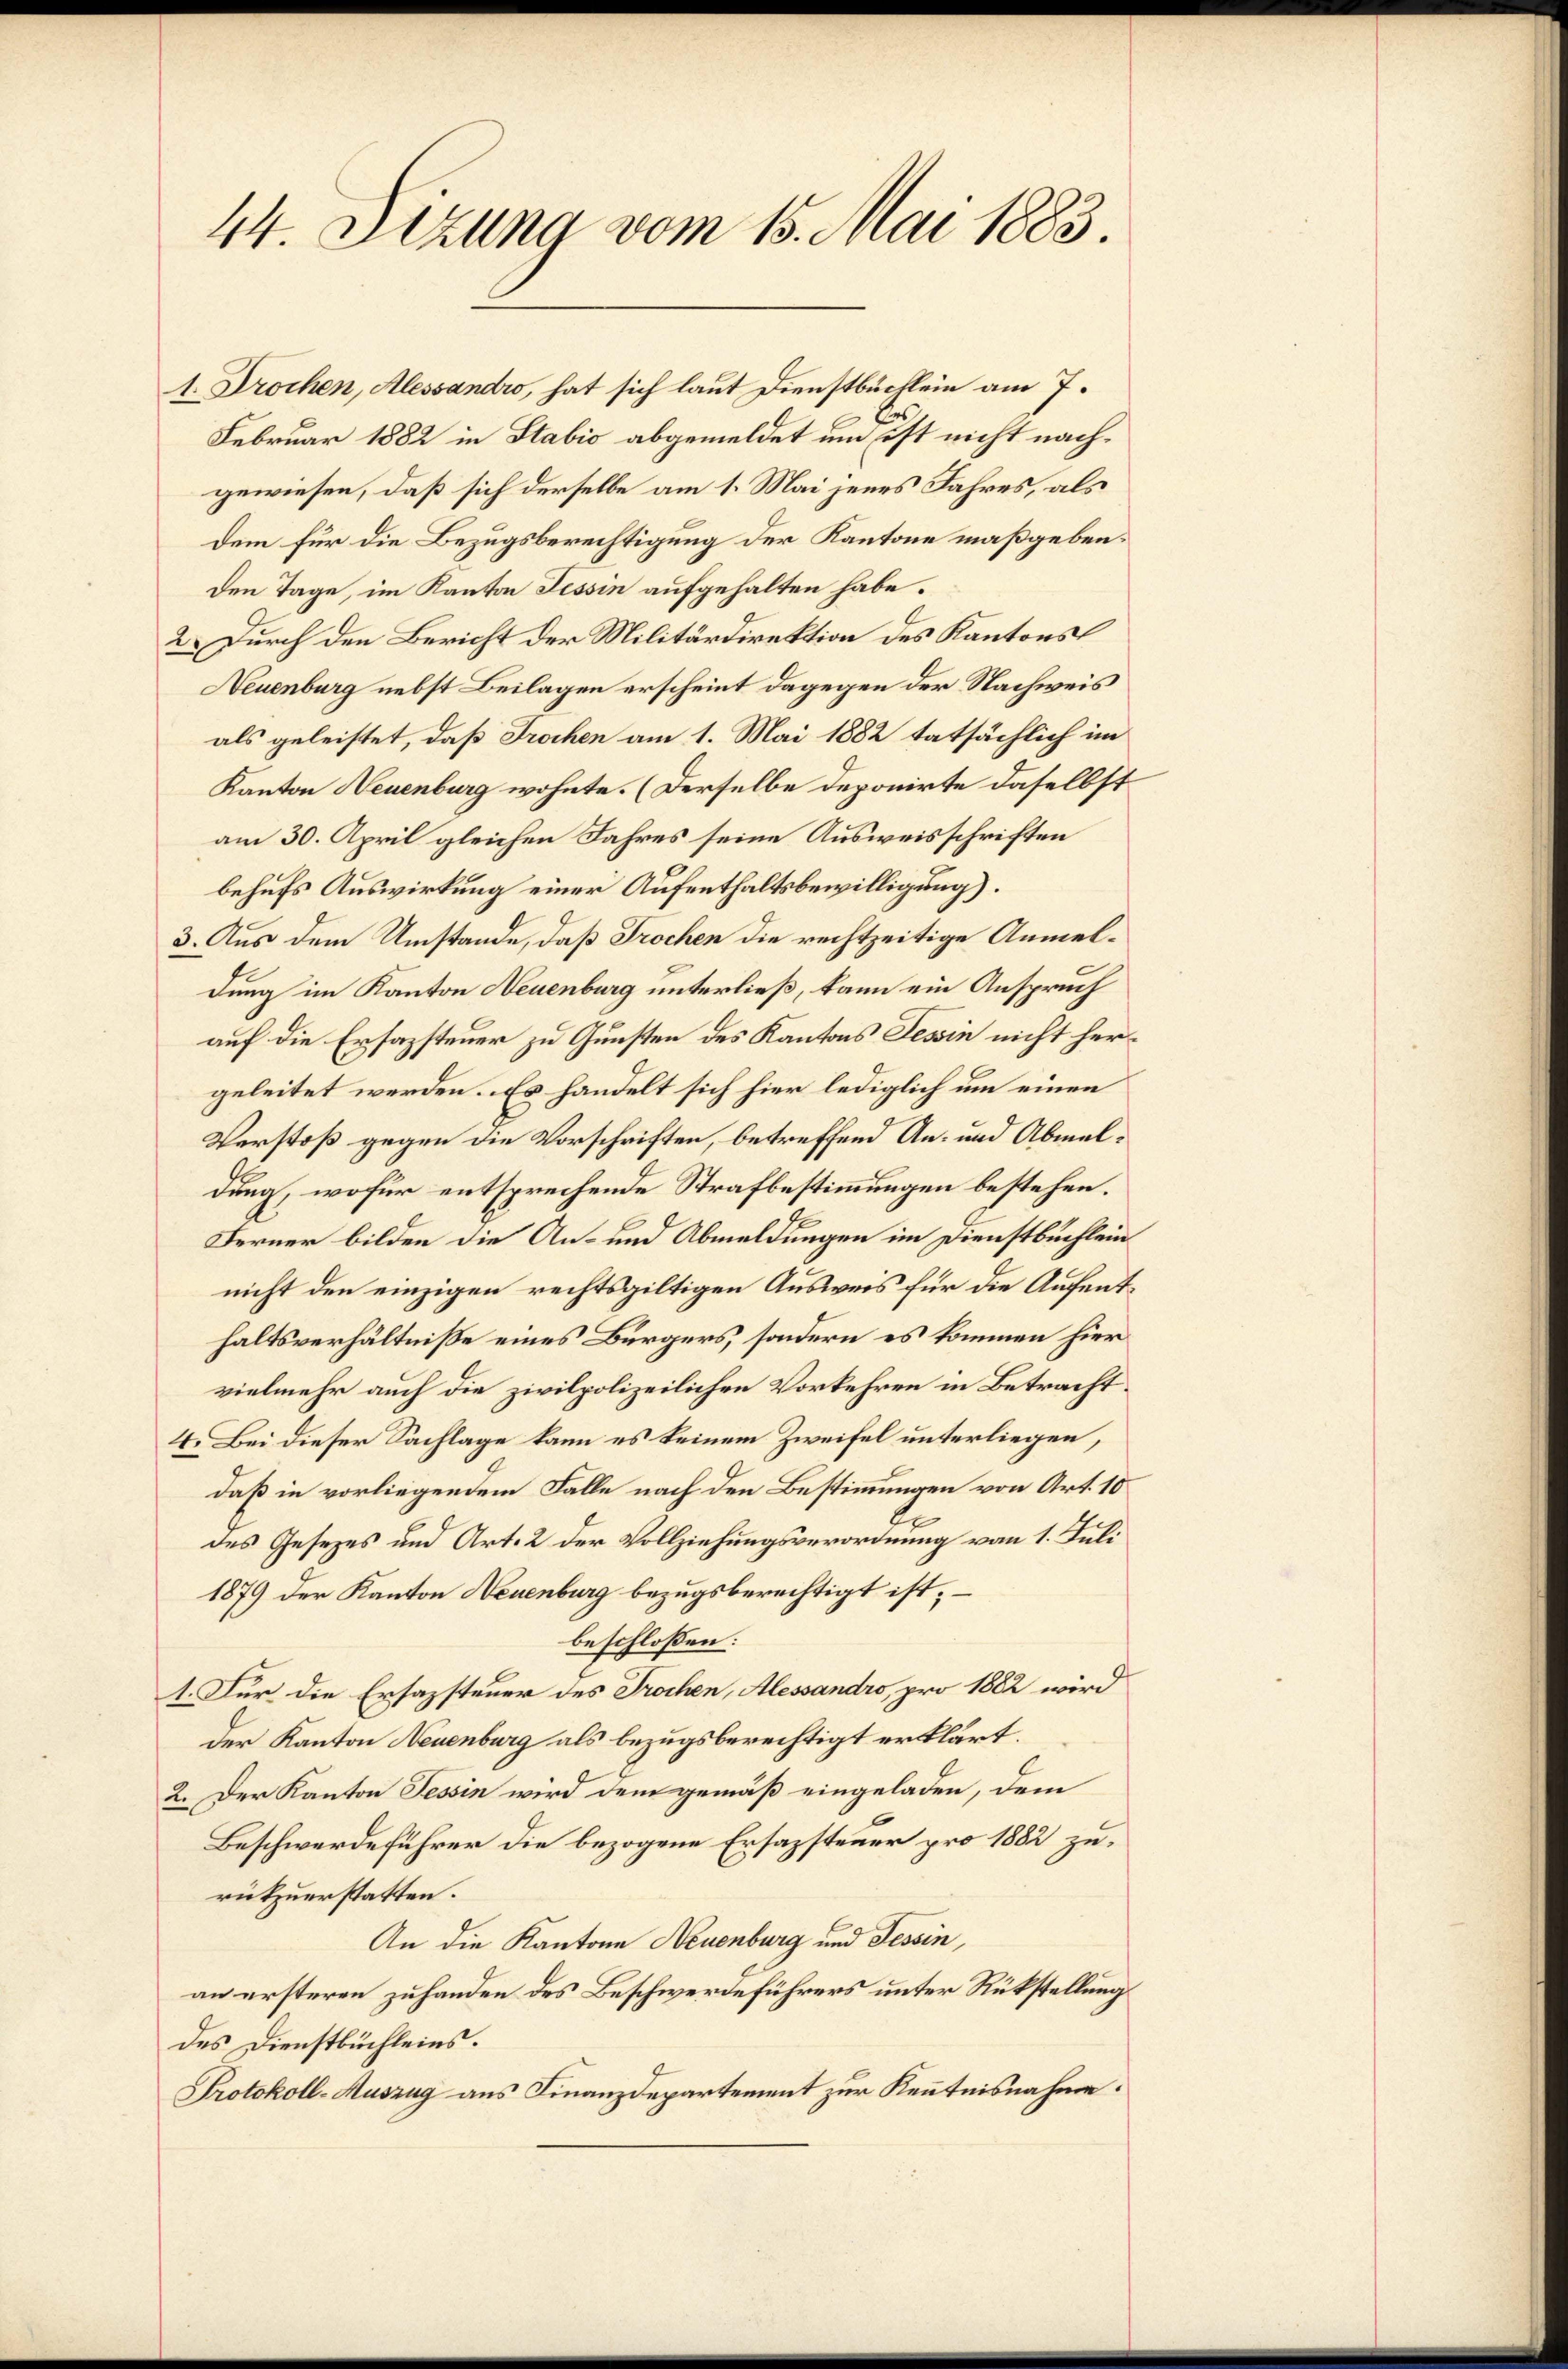
44. Setzung vom 15. Mai 1883.

1. Drochen, Alessandro, hat sich laut Dienstbüchlein am 7.
Februar 1882 in Stabić abgemeldet um ist nicht nachgewiesen, daß sich derselbe am 1. Mai jenes Jahres, als
dem für die Bezugsberechtigung der Kantone maßgeben.
Den Tage, im Kanton Tessin aufgehalten habe.
2. Durch den Bericht der Militärdirektion des Kantons
Neuenburg nebst Beilagen erscheint dagegen der Nachweis
als geleistet, daß Trochen am 1. Mai 1882 tatsächlich im
Kanton Neuenburg wohnte. (Derselbe deponirte daselbst
am 30. April gleichen Jahres seine Ausweisschriften
behufs Auswirkung einer Aufenthaltsbewilligung).
3. Aus dem Umstände, daß Trochen die rechtzeitige Anmeldung im Kanton Neuenburg unterließ, kann ein Anspruch
auf die Ersazsteuer zu Gunsten des Kantons Tessin nicht hergeleitet werden. Es handelt sich hier lediglich um einen
Verstoß gegen die Vorschriften, betreffend An- und Abmeldung, wofür entsprechende Strafbestimmungen bestehen.
Ferner bilden die An- und Abmeldungen im Dienstbuchlein
nicht den einzigen rechtsgültigen Ausweis für die Aufenthaltsverhältniße eines Bürgers, sondern es kommen hier
vielmehr auch die zivilpolizeilichen Vorkehren in Betracht.
4. Bei dieser Sachlage kann es keinem Zweifel unterliegen,
daß in vorliegendem Falle nach den Bestimmungen von Art. 10
des Gesezes und Art. 2 der Vollziehungsverordnung vom 1. Juli
1879 der Kanton Neuenburg bezugsberechtigt ist; –
beschlossen:
1. Für die Ersazsteuer des Trochen, Alessandro, pro 1882 wird
Der Kanton Neuenburg als bezugsberechtigt erklärt.
2. Der Kanton Tessin wird dem gemäß eingeladen, dem
Beschwerdeführer die bezogene Ersazsteuer pro 1882 zurükzuerstatten.
An die Kantone Neuenburg und Tessin,
an ersteren zuhanden des Beschwerdeführers unter Rükstellung
des Dienstbüchleins.
Protokoll-Auszug aus Finanzdepartement zur Kenntnisnahme.